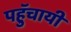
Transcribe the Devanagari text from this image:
पहुॅचायी